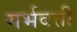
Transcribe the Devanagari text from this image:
गर्भवत्ती